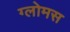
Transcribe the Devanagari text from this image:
ग्लोमस